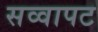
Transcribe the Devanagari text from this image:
सव्वापट